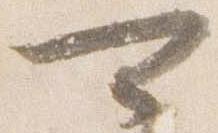
可